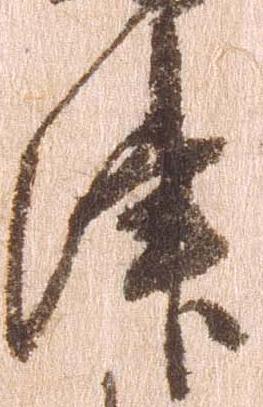
津